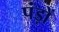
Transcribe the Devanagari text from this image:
पंड़ों